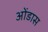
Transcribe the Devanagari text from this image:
ओंडास